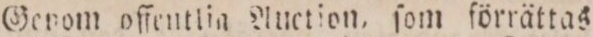
Genom offentlia Auction, ſom förrättas